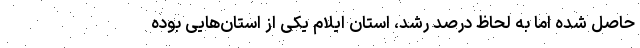
حاصل شده اما به لحاظ درصد رشد، استان ایلام یکی از استان‌هایی بوده